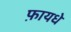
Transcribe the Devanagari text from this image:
फ़ायधे